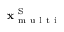
\mathbf { x } _ { \mathrm { ~ m ~ u ~ l ~ t ~ i ~ } } ^ { \mathrm { ~ S ~ } }